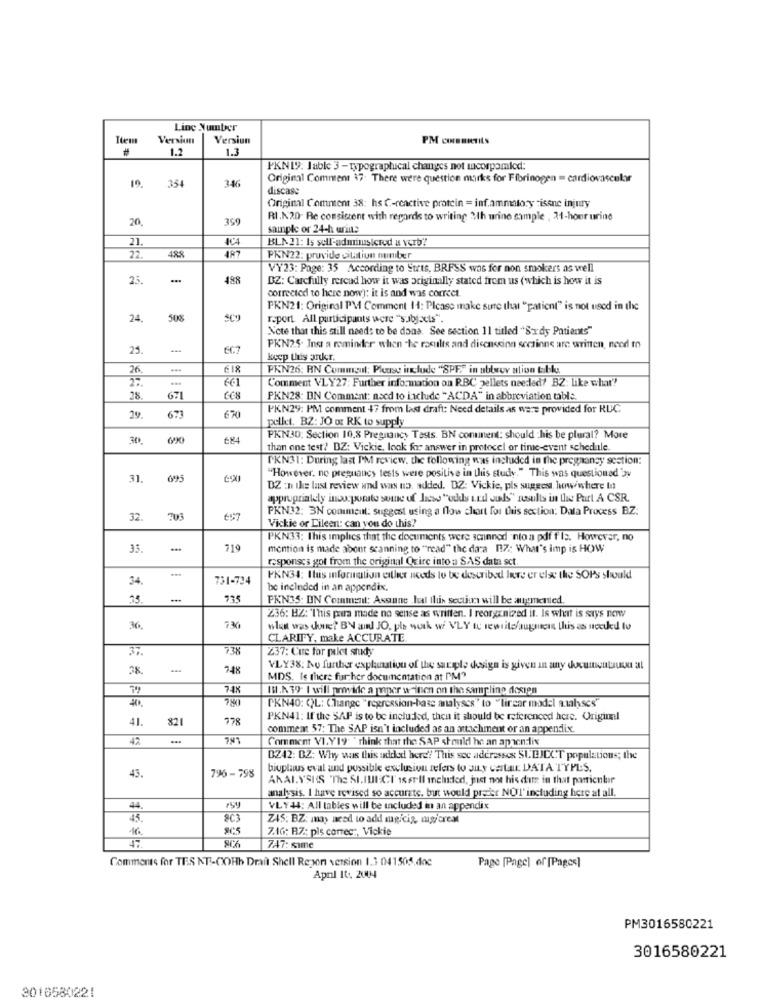
Line Number
Iten
Version
Versiun
PM CONBERTILS
1.2
1.3
PKNIS: Jable 3 - typographical changes not mcorpomaled:
3-46
Original Comment 37 There were question marks for Fibrinogen = cardiovascular
19.
354
discase
Original Comment 38: hs C-reactive protein = inf.ammatory isene injury
20.
359
RI.N20- Re consistent with regards to writing 3th urine sample , 31-hour urine
sample or 24-h urin:
404
BLA 21: Is self-administered a verb?
21.
487
22.
488
PKN22: provide citation nuniber
VY23: Page: 35 According to Strts, BRFSS was for non smokers as well
23.
488
DZ: Carefully reread how it was originally stated frem us (which is how it is
corrected to here now]: it is and was correct.
PKN21: Original PV Comment 14: Please make sure that "patient" is not used in the
24.
50%
report. All participants were "subjects".
Note that this still needs to be done. See section 11 titled "SIdy Patients"
29.
EG7
PKN25. Insr a reminder when the results and diseaseinn sccsinne are written, need m
keep this gruer.
26.
PKN26: RN Commgul: Please include "SPE" in abtwor alion tobk;
Comment VLY27: Further information on R.BC pellets needed? BZ: like what"?
28.
671
EC8
PKN28: DN Comment: need to include "ACDA" in abbreviation table
PKN29: PM comment 47 from last draft: Need details as we := provided for RUC
29.
673
pellet. BZ: JO or RK to supply
30.
EM4
PKNJD: Section 10,8 Pregnancy Tess. BN continent: should .his be plural? More
than one test? DZ: Vickie, look for answer in protocel or tinic-event schedule.
PKN31: During last I'M review. the following was included in the pregnancy sestion:
31. 695
"However, no pregnancy tests were positive in this study." This was questioned av
DZ :1 the last review und was no, added. DZ: Vickie, pls suggest, how where In
appropriately inou. porato some of laws ""oddss .rdl Jus" results in Ilus Part A CSR.
PKN32: 3N comment: suggest using a flow chart for this section: Data Process BZ:
32. 703
Vickie or Lileen: can you do this?
PKN33; This implies that the documents were scanned "nto a pdf file. However, no
35.
719
mention is made abont scanning to "read" the data 117: What's imp is HOW
responsc's got from the original Quire into a SAS data sct.
34.
731-724
FKN34: Itus information either needs to be described lire er else the SOPS should
be included in an appendix.
35.
935
PKN35: DN Comment: Asanne Ical this section will be augmented.
236: HZ: 'This pura made no sense as written. I reorganized it. Is what is says now
36.
736
wlant was done? BN and JO, pls work w VLY to rewrite/augmers this as need to
CLARIFY, make ACCURATE.
237: Cue for pelet study
38.
748
VLY38; No further explanation of the sarple design is given in any documentaux at
MDS. Is there further documentation at PM"
74K
IN.K. 39- I will provide a paper w-inen on the sampling design
40.
PKN40: ()L: Change "regression-base analyses" to "lirear model analyses"
41.
821
778
PKN41: If the SAP is to be included, then it should be referenced here. Origiml
comment 57: The SAP isn't included as an attachment or an appendix.
42
Comment VI.Y19 : think that the SAP should he an appendix
DZ42: DZ: Why was this added here! This sec aderessex SUBJECT populations; the
biuplaus eval and possible exclusion refers to JiLy cartar DATA TYPLS.
43.
796-798
ANALYSIS "The SI.IUN:CI is er-Il meinded, just not his date in that particular
analysis. I have revised so accurate, but would prefer NOT' including here at all.
4
VLY 44: All tables will be Included in an appendix
8C3
Z45: BZ: may need to add mugiciz, mg/creat
905
7.16: RZ: pls correc :, Vickie
SC6
747: same
Comments for TES NT .- COHb Drail Shell Repon version 1.3 041505.doc
Page [Page] of [Pages]
April 10. 2004
PM3016580221
3016580221
2016580221